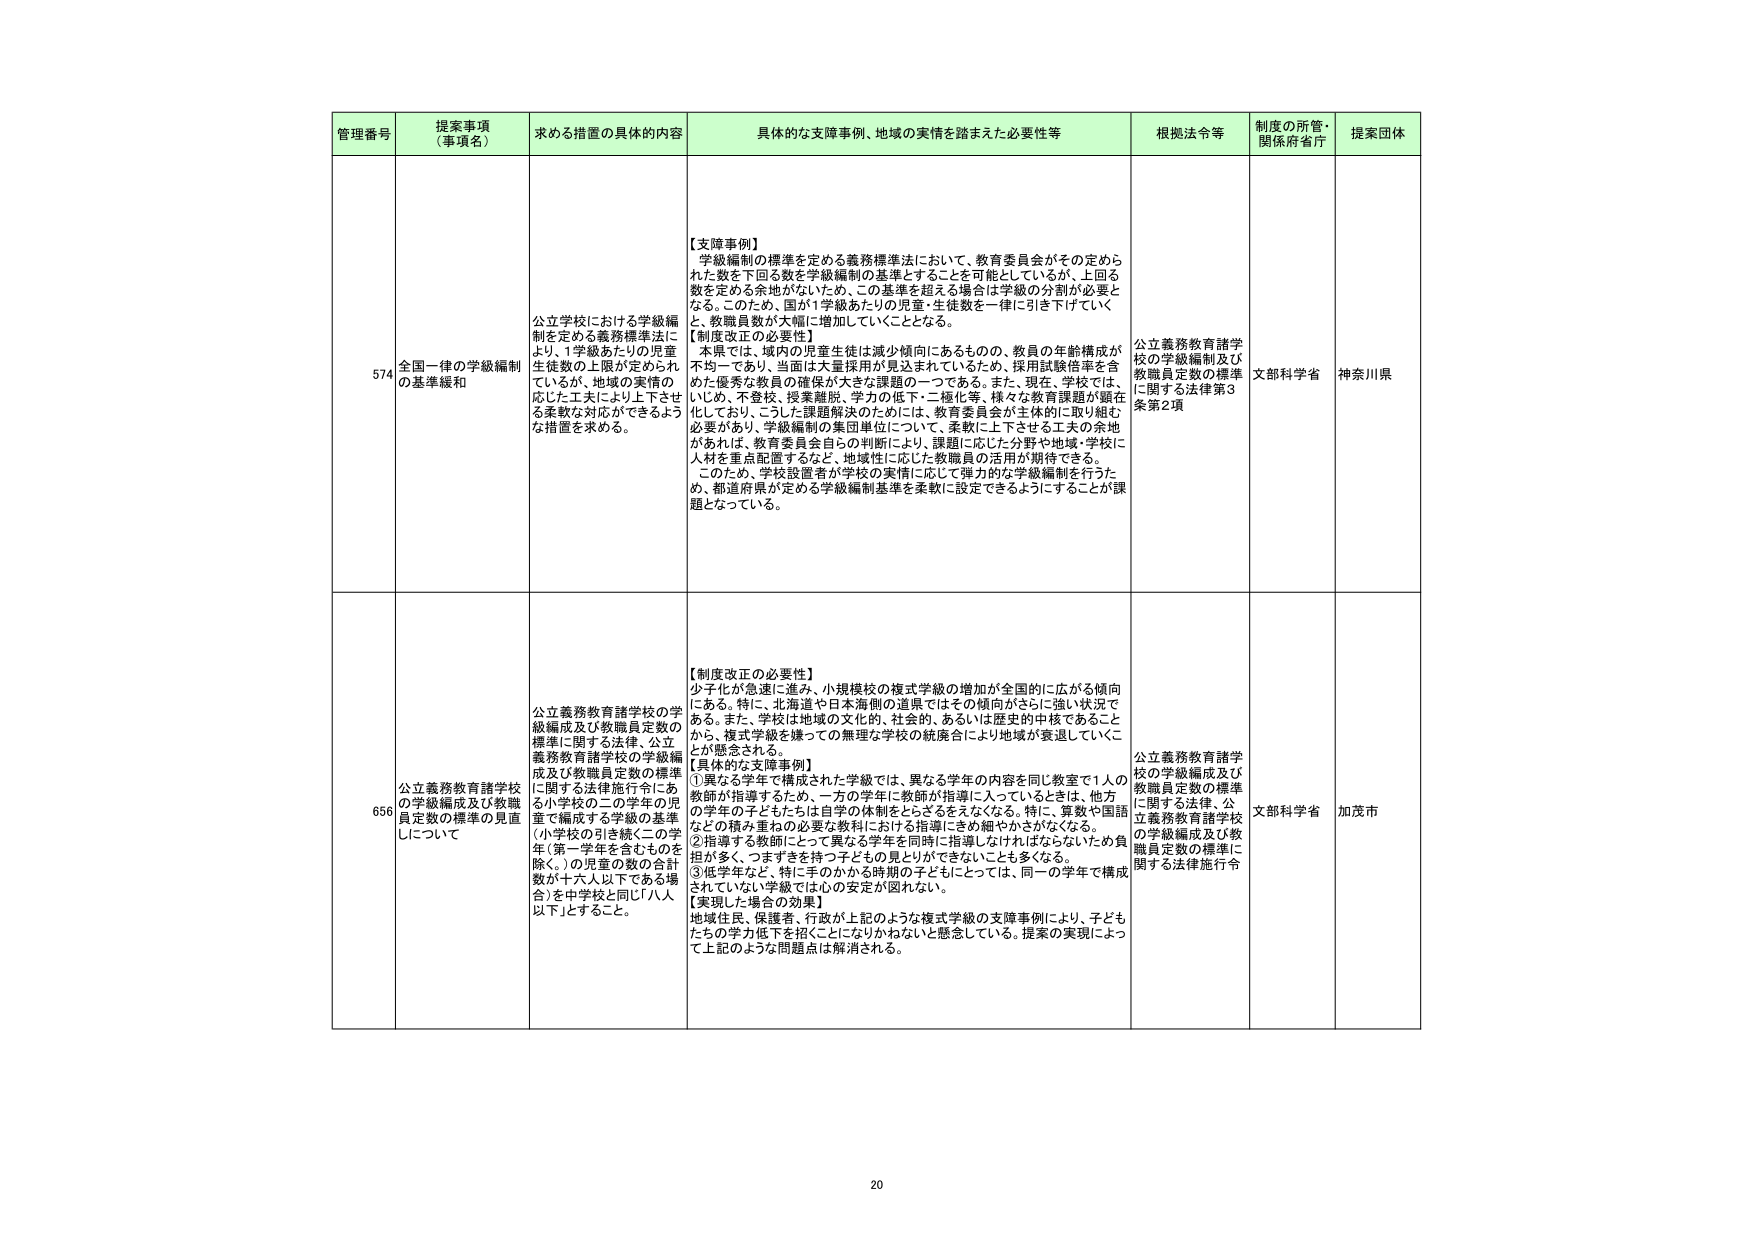
管理番号　提案事項（事項名）　求める措置の具体的内容　具体的な支障事例、地域の実情を踏まえた必要性等　根拠法令等　制度の所管・関係府省庁　提案団体

574　全国一律の学級編制の基準緩和　公立学校における学級編制を定める義務標準法により、1学級あたりの児童生徒数の上限が定められているが、地域の実情の応じた工夫により上下させる柔軟な対応ができるような措置を求める。　【支障事例】学級編制の標準を定める義務標準法において、教育委員会がその定められた数を下回る数を学級編制の基準とすることを可能としているが、上回る数を定める余地がないため、この基準を超える場合は学級の分割が必要となる。このため、国が1学級あたりの児童・生徒数を一律に引き下げていくと、教職員数が大幅に増加していくこととなる。【制度改正の必要性】本県では、域内の児童生徒は減少傾向にあるものの、教員の年齢構成が不均一であり、当面は大量採用が見込まれているため、採用試験倍率を含めた優秀な教員の確保が大きな課題の一つである。また、現在、学校では、いじめ、不登校、授業離脱、学力の低下・二極化等、様々な教育課題が顕在化しており、こうした課題解決のためには、教育委員会が主体的に取り組む必要があり、学級編制の集団単位について、柔軟に上下させる工夫の余地があれば、教育委員会自らの判断により、課題に応じた分野や地域・学校に人材を重点配置するなど、地域性に応じた教職員の活用が期待できる。このため、学校設置者が学校の実情に応じて弾力的な学級編制を行うため、都道府県が定める学級編制基準を柔軟に設定できるようにすることが課題となっている。　公立義務教育諸学校の学級編制及び教職員定数の標準に関する法律第3条第2項　文部科学省　神奈川県

656　公立義務教育諸学校の学級編成及び教職員定数の標準の見直しについて　公立義務教育諸学校の学級編成及び教職員定数の標準に関する法律、公立義務教育諸学校の学級編成及び教職員定数の標準に関する法律施行令にある小学校の二の学年の児童で編成する学級の基準（小学校の引き続く二の学年（第一学年を含むものを除く。）の児童の数の合計数が十六人以下である場合）を中学校と同じ「八人以下」とすること。　【制度改正の必要性】少子化が急速に進み、小規模校の複式学級の増加が全国的に広がる傾向にある。特に、北海道や日本海側の道県ではその傾向がさらに強い状況である。また、学校は地域の文化的、社会的、あるいは歴史的中核であることから、複式学級を嫌っての無理な学校の統廃合により地域が衰退していくことが懸念される。【具体的な支障事例】①異なる学年で構成された学級では、異なる学年の内容を同じ教室で1人の教師が指導するため、一方の学年に教師が指導に入っているときは、他方の学年の子どもたちは自学の体制をとらざるをえない。特に、算数や国語などの積み重ねの必要な教科における指導にきめ細やかさがなくなる。②指導する教師にとって異なる学年を同時に指導しなければならないため負担が多く、つまずきを持つ子どもの見とけできないことも多くなる。③低学年など、特に手のかかる時期の子どもにとっては、同一の学年で構成されていない学級では心の安定が図れない。【実現した場合の効果】地域住民、保護者、行政が上記のような複式学級の支障事例により、子どもたちの学力低下を招くことになりかねないと懸念している。提案の実現によって上記のような問題点は解消される。　公立義務教育諸学校の学級編成及び教職員定数の標準に関する法律、公立義務教育諸学校の学級編成及び教職員定数の標準に関する法律施行令　文部科学省　加茂市

20